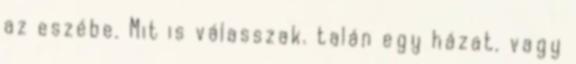
az eszébe. Mit is válasszak. talán egy házat. vagy